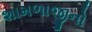
શામળાજીનો